Calcutta medical institutions reports 1879-81 [i.e.91]
Year: 1879
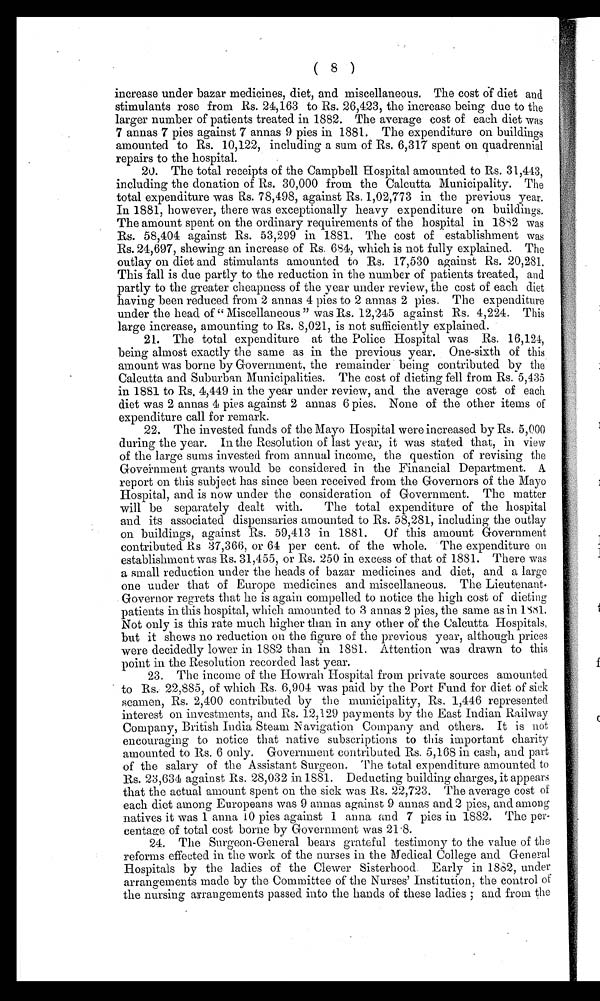
( 8 )
increase under bazar medicines, diet, and miscellaneous. The cost of diet and
stimulants rose from Rs. 24,163 to Rs. 26,423, the increase being due to the
larger number of patients treated in 1882. The average cost of each diet was
7 annas 7 pies against 7 annas 9 pies in 1881. The expenditure on buildings
amounted to Rs. 10,122, including a sum of Rs. 6,317 spent on quadrennial
repairs to the hospital.
20. The total receipts of the Campbell Hospital amounted to Rs. 31,443,
including the donation of Rs. 30,000 from the Calcutta Municipality. The
total expenditure was Rs. 78,498, against Rs. 1,02,773 in the previous year.
In 1881, however, there was exceptionally heavy expenditure on buildings.
The amount spent on the ordinary requirements of the hospital in 1882 was
Rs. 58,404 against Rs. 53,299 in 1881. The cost of establishment was
Rs. 24,697, shewing an increase of Rs. 684, which is not fully explained. The
outlay on diet and stimulants amounted to Rs. 17,530 against Rs. 20,281.
This fall is due partly to the reduction in the number of patients treated, and
partly to the greater cheapness of the year under review, the cost of each diet
having been reduced from 2 annas 4 pies to 2 annas 2 pies. The expenditure
under the head of "Miscellaneous" was Rs. 12,245 against Rs. 4,224. This
large increase, amounting to Rs. 8,021, is not sufficiently explained.
21. The total expenditure at the Police Hospital was Rs. 16,124,
being almost exactly the same as in the previous year. One-sixth of this
amount was borne by Government, the remainder being contributed by the
Calcutta and Suburban Municipalities. The cost of dieting fell from Rs. 5,435
in 1881 to Rs. 4,449 in the year under review, and the average cost of each
diet was 2 annas 4 pies against 2 annas 6 pies. None of the other items of
expenditure call for remark.
22. The invested funds of the Mayo Hospital were increased by Rs. 5,000
during the year. In the Resolution of last year, it was stated that, in view
of the large sums invested from annual income, the question of revising the
Government grants would be considered in the Financial Department. A
report on this subject has since been received from the Governors of the Mayo
Hospital, and is now under the consideration of Government. The matter
will be separately dealt with. The total expenditure of the hospital
and its associated dispensaries amounted to Rs. 58,281, including the outlay
on buildings, against Rs. 59,413 in 1881. Of this amount Government
contributed Rs 37,366, or 64 per cent. of the whole. The expenditure on
establishment was Rs. 31,455, or Rs. 250 in excess of that of 1881. There was
a small reduction under the heads of bazar medicines and diet, and a large
one under that of Europe medicines and miscellaneous. The Lieutenant
Governor regrets that he is again compelled to notice the high cost of dieting
patients in this hospital, which amounted to 3 annas 2 pies, the same as in 1881.
Not only is this rate much higher than in any other of the Calcutta Hospitals,
but it shews no reduction on the figure of the previous year, although prices
were decidedly lower in 1882 than in 1881. Attention was drawn to this
point in the Resolution recorded last year.
23. The income of the Howrah Hospital from private sources amounted
to Rs. 22,885, of which Rs. 6,904 was paid by the Port Fund for diet of sick
seamen, Rs. 2,400 contributed by the municipality, Rs. 1,446 represented
interest on investments, and Rs. 12,129 payments by the East Indian Railway
Company, British India Steam Navigation Company and others. It is not
encouraging to notice that native subscriptions to this important charity
amounted to Rs. 6 only. Government contributed Rs. 5,168 in cash, and part
of the salary of the Assistant Surgeon. The total expenditure amounted to
Rs. 23,634 against Rs. 28,032 in 1881. Deducting building charges, it appears
that the actual amount spent on the sick was Rs. 22,723. The average cost of
each diet among Europeans was 9 annas against 9 annas and 2 pies, and among
natives it was 1 anna 10 pies against 1 anna and 7 pies in 1882. The per--
centage of total cost borne by Government was 21.8.
24. The Surgeon-General bears grateful testimony to the value of the
reforms effected in the work of the nurses in the Medical College and General
Hospitals by the ladies of the Clewer Sisterhood. Early in 1882, under
arrangements made by the Committee of the Nurses' Institution, the control of
the nursing arrangements passed into the hands of these ladies; and from the